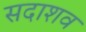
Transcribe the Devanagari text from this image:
सदाशव